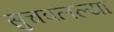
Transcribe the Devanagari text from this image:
सुचवलल्या